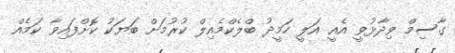
ގާސިމް ވިދާޅުވީ އެއީ އަލީ ހަމީދު ބްލެކްމެއިލް ކުރުމަށް ބަޔަކު ކޮށްފައިވާ ކަމެއް